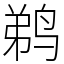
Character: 鹈